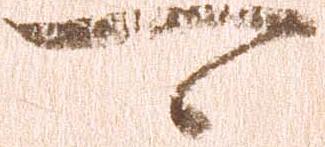
可